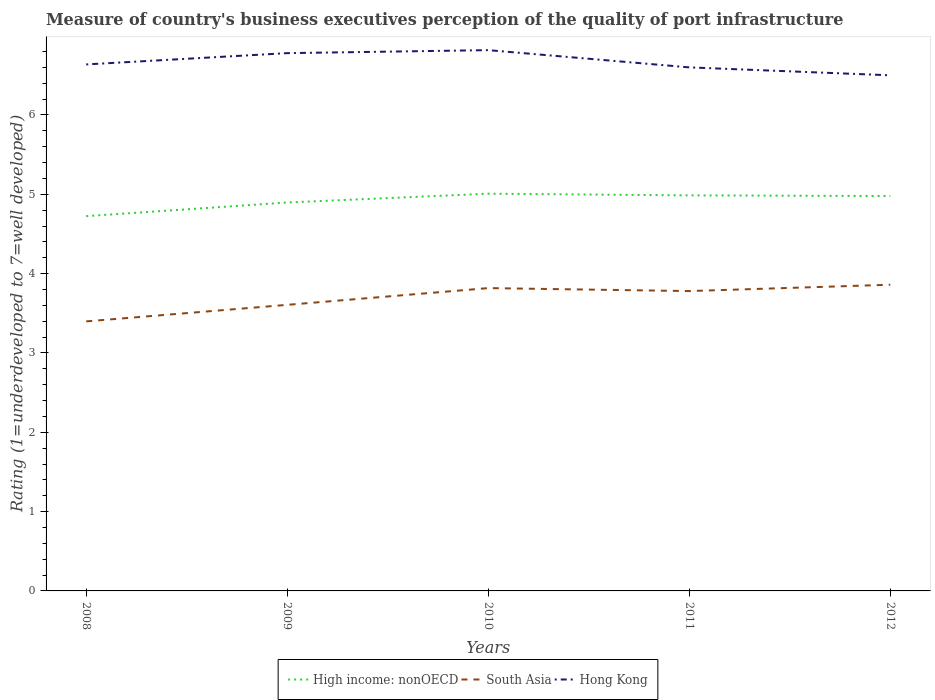
| Years | High income: nonOECD | South Asia | Hong Kong |
 | --- | --- | --- | --- |
 | 2008 | 4.72 | 3.4 | 6.64 |
 | 2009 | 4.9 | 3.61 | 6.78 |
 | 2010 | 5.01 | 3.82 | 6.82 |
 | 2011 | 4.99 | 3.78 | 6.6 |
 | 2012 | 4.98 | 3.86 | 6.5 |